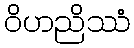
ဝိဟညိဿံ